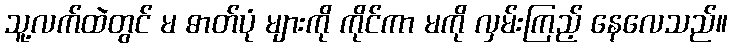
သူ့လက်ထဲတွင် မ ဓာတ်ပုံ များကို ကိုင်ကာ မကို လှမ်းကြည့် နေလေသည်။